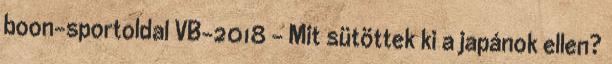
boon-sportoldal VB-2018 – Mit sütöttek ki a japánok ellen?